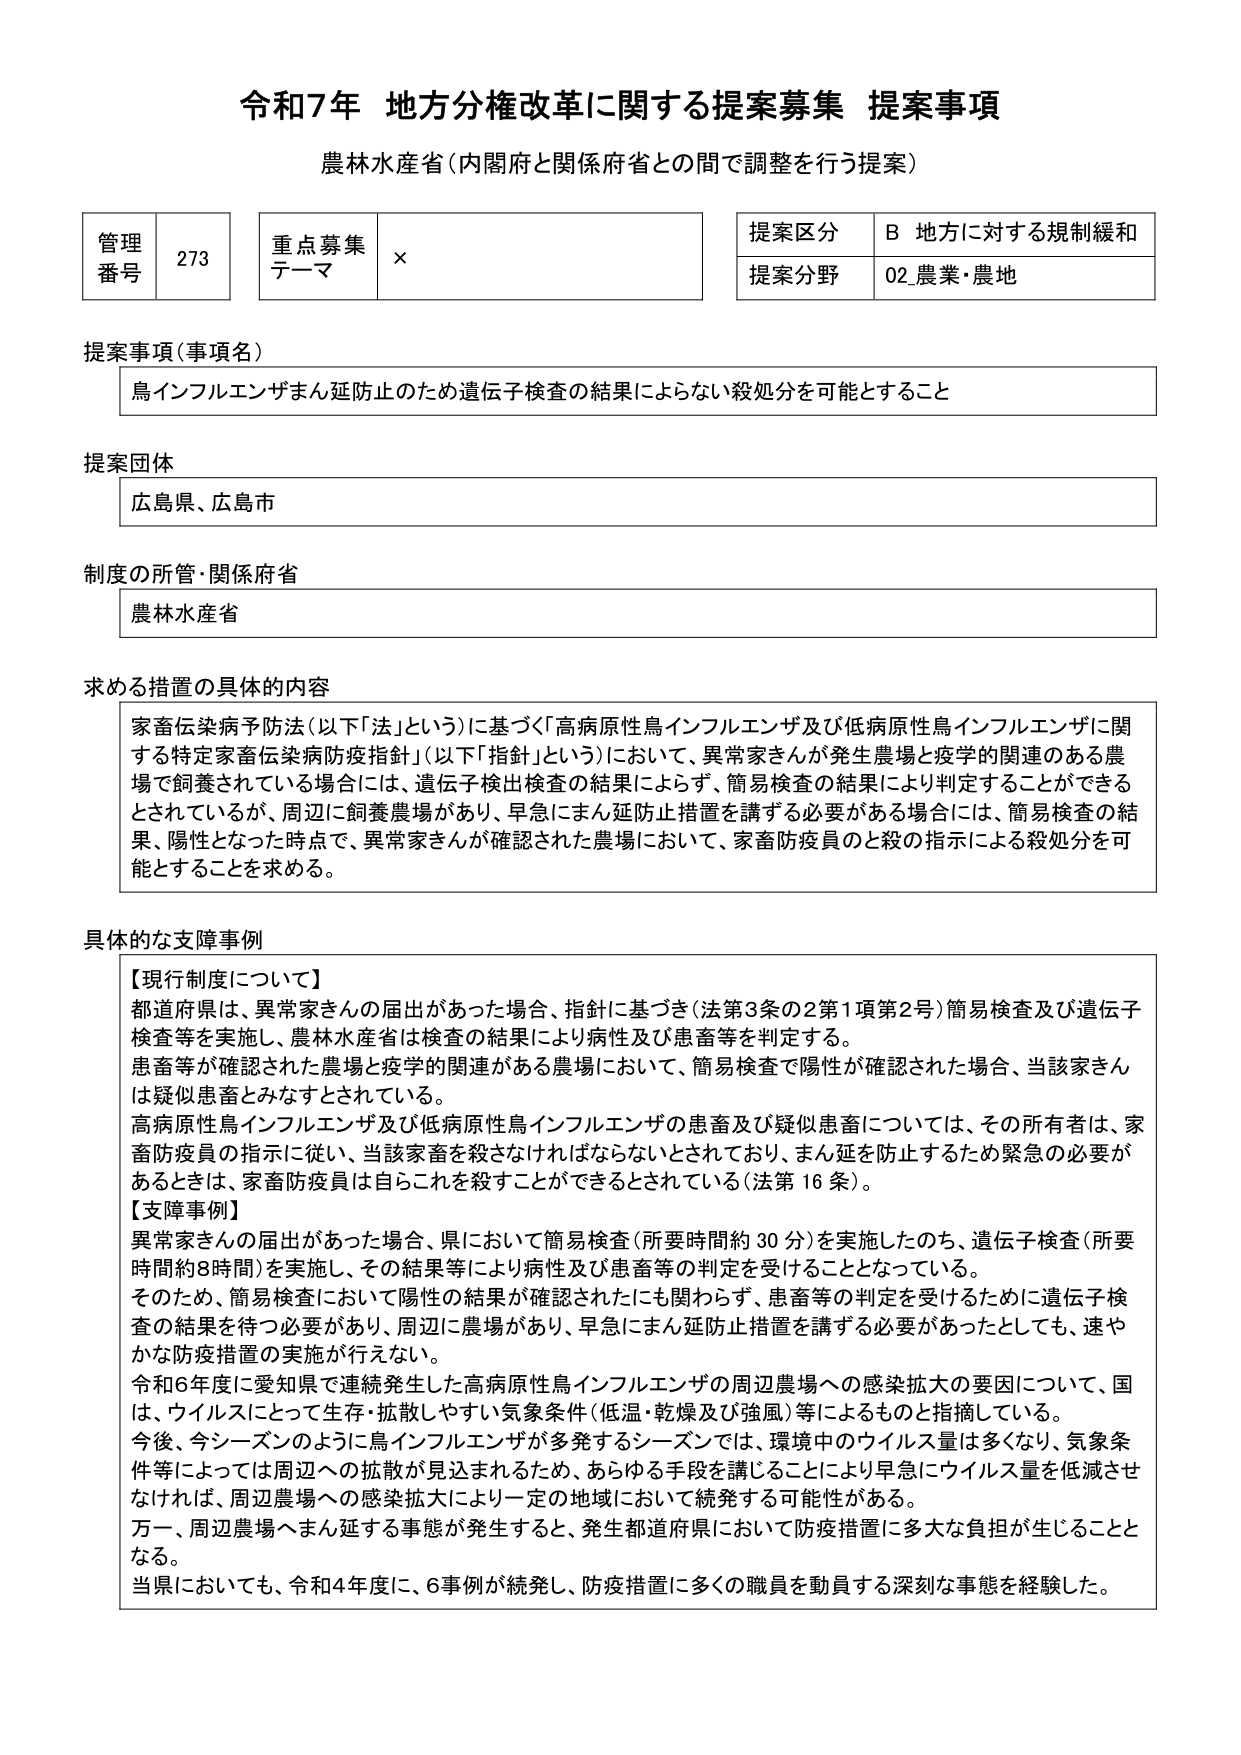
令和7年 地方分権改革に関する提案募集 提案事項
農林水産省（内閣府と関係府省との間で調整を行う提案）

管理番号 273
重点募集テーマ ×
提案区分 B 地方に対する規制緩和
提案分野 02 農業・農地

提案事項（事項名）
鳥インフルエンザまん延防止のため遺伝子検査の結果によらない殺処分を可能とすること

提案団体
広島県、広島市

制度の所管・関係府省
農林水産省

求める措置の具体的内容
家畜伝染病予防法（以下「法」という）に基づく「高病原性鳥インフルエンザ及び低病原性鳥インフルエンザに関する特定家畜伝染病防疫指針」（以下「指針」という）において、異常家さんが発生農場と疫学的関連のある農場で飼養されている場合には、遺伝子検出検査の結果によらず、簡易検査の結果により判定することができるとしているが、周辺に飼養農場があり、早急にまん延防止措置を講ずる必要がある場合には、簡易検査の結果、陽性となった時点で、異常家さんが確認された農場において、家畜防疫員のと殺の指示による殺処分を可能とすることを求める。

具体的な支障事例
【現行制度について】
都道府県は、異常家さんの届出があった場合、指針に基づき（法第3条の2第1項第2号）簡易検査及び遺伝子検査等を実施し、農林水産省は検査の結果により病性及び患畜等を判定する。
患畜等が確認された農場と疫学的関連がある農場において、簡易検査で陽性が確認された場合、当該家さんは疑似患畜とみなすとされている。
高病原性鳥インフルエンザ及び低病原性鳥インフルエンザの患畜及び疑似患畜については、その所有者は、家畜防疫員の指示に従い、当該家畜を殺さなければならないとされており、まん延を防止するため緊急の必要があるときは、家畜防疫員は自らこれを殺すことができるとしている（法第16条）。

【支障事例】
異常家さんの届出があった場合、県において簡易検査（所要時間約30分）を実施したのち、遺伝子検査（所要時間約8時間）を実施し、その結果等により病性及び患畜等の判定を受けることとなっている。
そのため、簡易検査において陰性の結果が確認されたにも関わらず、患畜等の判定を受けるために遺伝子検査の結果を待つ必要があり、周辺に農場があり、早急にまん延防止措置を講ずる必要があったとしても、速やかな防疫措置の実施が行えない。
令和6年度に愛知県で連続発生した高病原性鳥インフルエンザの周辺農場への感染拡大の要因について、国は、ウイルスにとって生存・拡散しやすい気象条件（低温・乾燥及び強風）等によるものと指摘している。
今後、今シーズンのように鳥インフルエンザが多発するシーズンでは、環境中のウイルス量は多くなり、気象条件等によっては周辺への拡散が見込まれるため、あらゆる手段を講じることにより早急にウイルス量を低減させなければ、周辺農場への感染拡大により一定の地域において続発する可能性がある。
万一、周辺農場へまん延する事態が発生すると、発生都道府県において防疫措置に多大な負担が生じることとなる。
当県においても、令和4年度に、6事例が続発し、防疫措置に多くの職員を動員する深刻な事態を経験した。